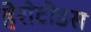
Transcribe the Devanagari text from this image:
हेरोटोडस